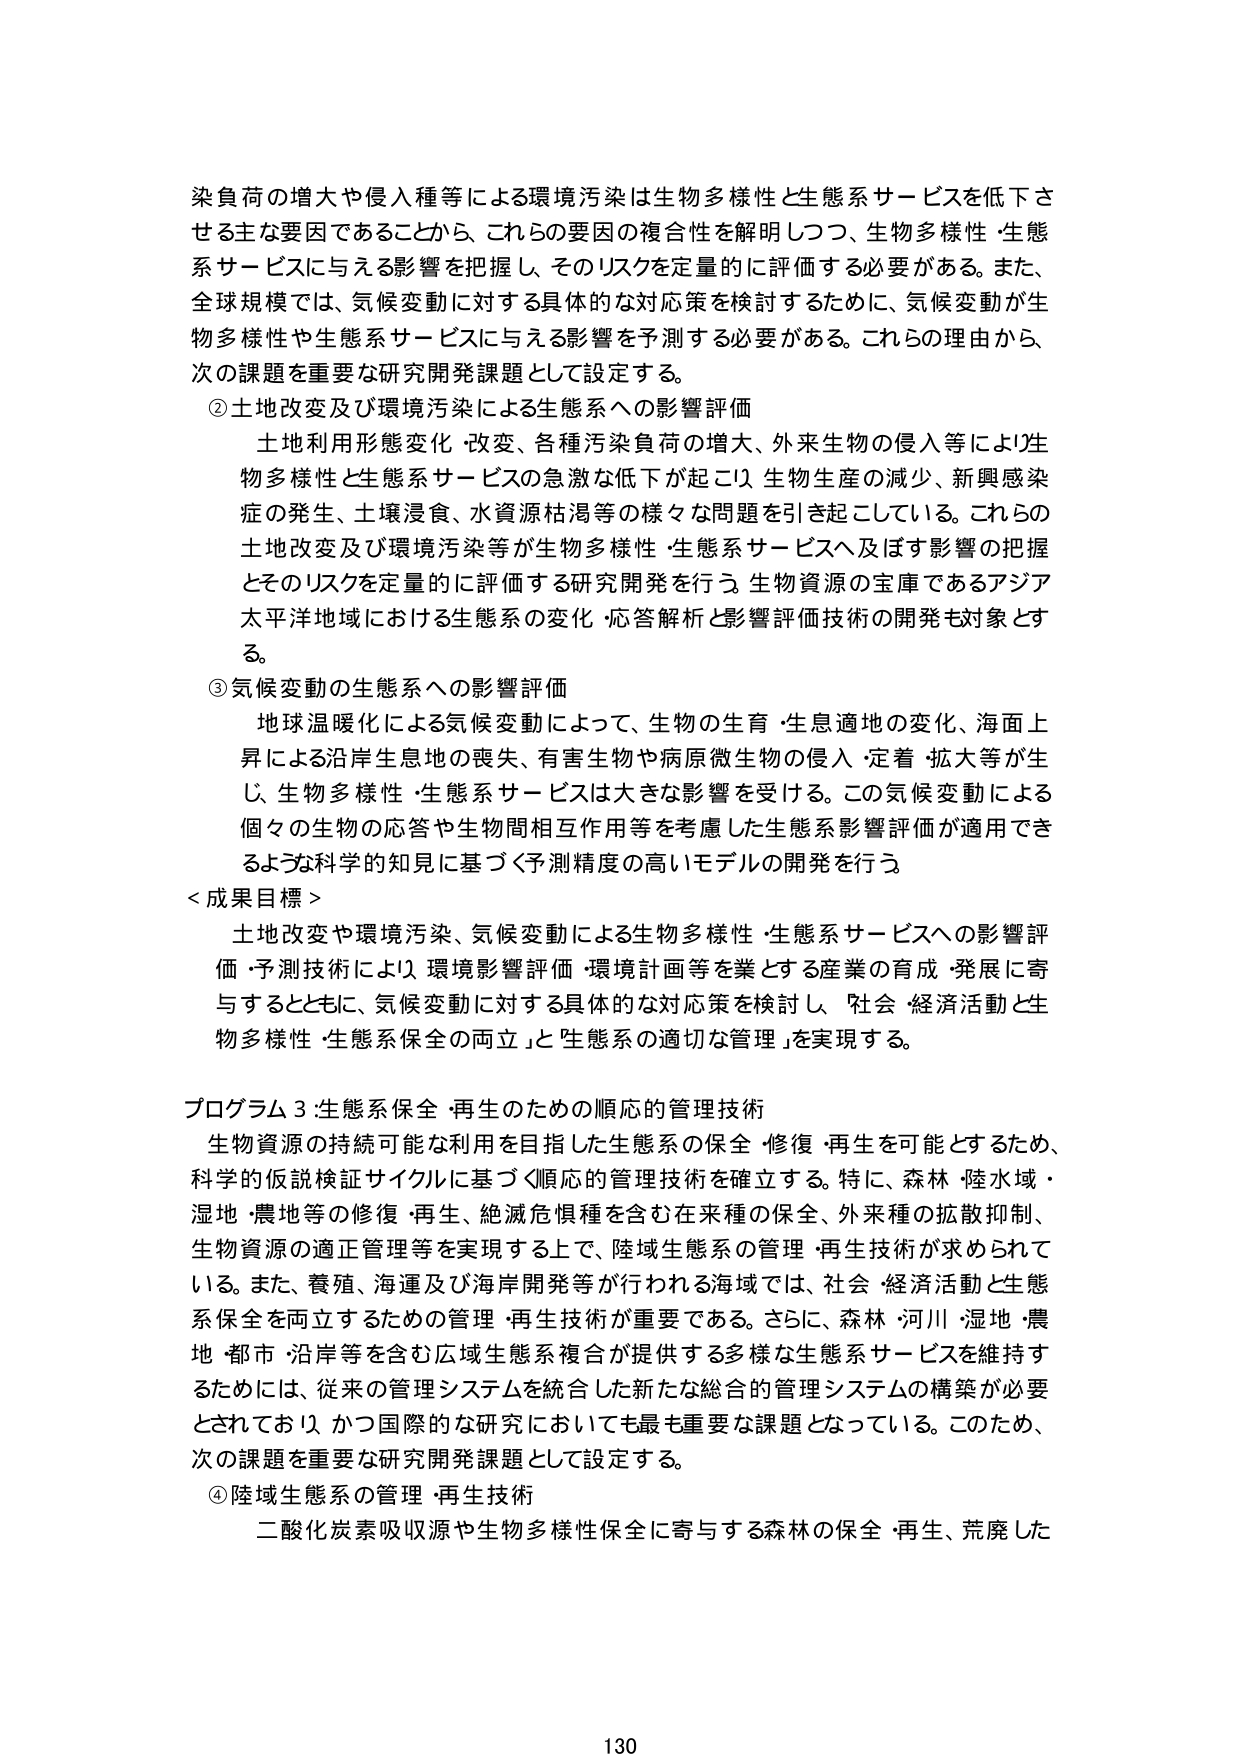
染負荷の増大や侵入種等による環境汚染は生物多様性と生態系サービスを低下させる主な要因であることから、これらの要因の複合性を解明しつつ、生物多様性・生態系サービスに与える影響を把握し、そのリスクを定量的に評価する必要がある。また、全球規模では、気候変動に対する具体的な対応策を検討するために、気候変動が生物多様性や生態系サービスに与える影響を予測する必要がある。これらの理由から、次の課題を重要な研究開発課題として設定する。

②土地改変及び環境汚染による生態系への影響評価
　土地利用形態変化・改変、各種汚染負荷の増大、外来生物の侵入等により生物多様性と生態系サービスの急激な低下が起こり、生物生産の減少、新興感染症の発生、土壌浸食、水資源枯渇等の様々な問題を引き起こしている。これらの土地改変及び環境汚染等が生物多様性・生態系サービスへ及ぼす影響の把握とそのリスクを定量的に評価する研究開発を行う。生物資源の宝庫であるアジア太平洋地域における生態系の変化・応答解析と影響評価技術の開発も対象とする。

③気候変動の生態系への影響評価
　地球温暖化による気候変動によって、生物の生育・生息適地の変化、海面上昇による沿岸生息地の喪失、有害生物や病原微生物の侵入・定着・拡大等が生じ、生物多様性・生態系サービスは大きな影響を受ける。この気候変動による個々の生物の応答や生物間相互作用等を考慮した生態系影響評価が適用できるような科学的知見に基づく予測精度の高いモデルの開発を行う。

＜成果目標＞
　土地改変や環境汚染、気候変動による生物多様性・生態系サービスへの影響評価・予測技術により、環境影響評価・環境計画等を業とする産業の育成・発展に寄与するとともに、気候変動に対する具体的な対応策を検討し、「社会・経済活動と生物多様性・生態系保全の両立」と「生態系の適切な管理」を実現する。

プログラム3 生態系保全・再生のための順応的管理技術
　生物資源の持続可能な利用を目指した生態系の保全・修復・再生を可能とするため、科学的仮説検証サイクルに基づく順応的管理技術を確立する。特に、森林・陸水域・湿地・農地等の修復・再生、絶滅危惧種を含む在来種の保全、外来種の拡散抑制、生物資源の適正管理等を実現する上で、陸域生態系の管理・再生技術が求められている。また、養殖、海運及び海岸開発等が行われる海域では、社会・経済活動と生態系保全を両立するための管理・再生技術が重要である。さらに、森林・河川・湿地・農地・都市・沿岸等を含む広域生態系複合が提供する多様な生態系サービスを維持するためには、従来の管理システムを統合した新たな総合的管理システムの構築が必要とされており、かつ国際的な研究においても最も重要な課題となっている。このため、次の課題を重要な研究開発課題として設定する。

④陸域生態系の管理・再生技術
　二酸化炭素吸収源や生物多様性保全に寄与する森林の保全・再生、荒廃した

130